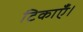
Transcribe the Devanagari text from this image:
टिकाएँ।